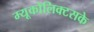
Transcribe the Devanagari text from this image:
म्यूकोलिक्टसके